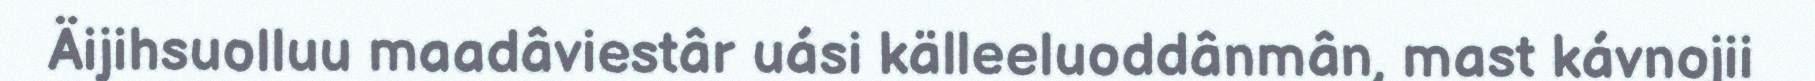
Äijihsuolluu maadâviestâr uási källeeluoddânmân, mast kávnojii